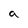
Character: a